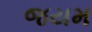
જયમ